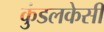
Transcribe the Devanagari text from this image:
कुंडलकेसी